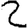
Digit: 2